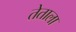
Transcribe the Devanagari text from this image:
तेताला